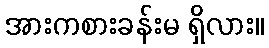
အားကစားခန်းမ ရှိလား။